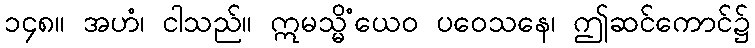
၁၄၈။ အဟံ၊ ငါသည်။ ဣမသ္မိံယေဝ ပဝေသနေ၊ ဤဆင်ကောင်၌